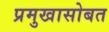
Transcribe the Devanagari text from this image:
प्रमुखासोबत